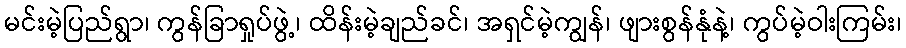
မင်းမဲ့ပြည်ရွာ၊ ကွန်ခြာရှုပ်ဖွဲ့၊ ထိန်းမဲ့ချည်ခင်၊ အရှင်မဲ့ကျွန်၊ ဖျားစွန်နုံနဲ့၊ ကွပ်မဲ့ဝါးကြမ်း၊